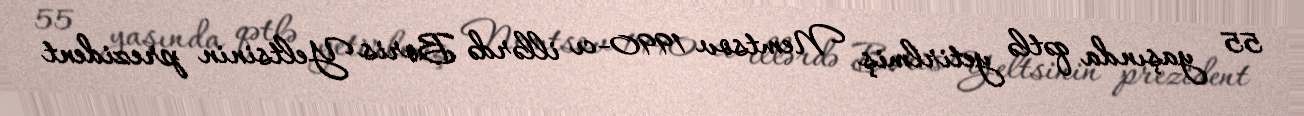
55 yaşında qətlə yetirlmiş Nemtsov 1990-cı illərdə Boris Yeltsinin prezident